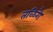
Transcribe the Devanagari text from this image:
तळिगै